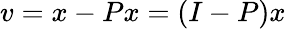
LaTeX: v=x-Px=(I-P)x